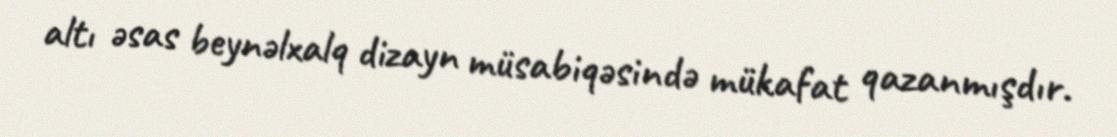
altı əsas beynəlxalq dizayn müsabiqəsində mükafat qazanmışdır.